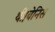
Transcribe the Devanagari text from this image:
थी।वेनिस